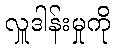
လှူဒါန်းမှုကို